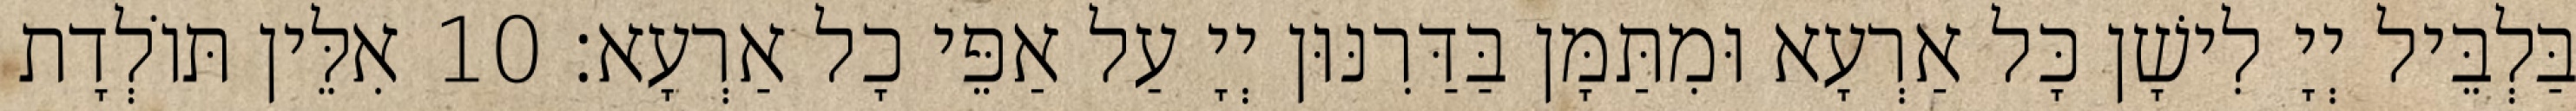
בַּלְבֵּיל יְיָ לִישָׁן כָּל אַרְעָא וּמִתַּמָּן בַּדַּרִנּוּן יְיָ עַל אַפֵּי כָל אַרְעָא׃ 10 אִלֵּין תּוֹלְדָת